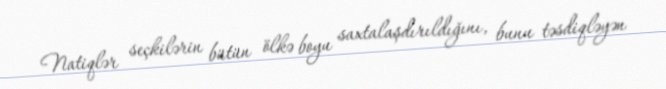
Natiqlər seçkilərin bütün ölkə boyu saxtalaşdırıldığını, bunu təsdiqləyən